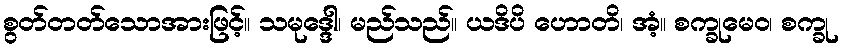
စွတ်တတ်သောအားဖြင့်။ သမုဒ္ဒေါ၊ မည်သည်။ ယဒိပိ ဟောတိ၊ အံ့။ စက္ခုမေဝ၊ စက္ခု